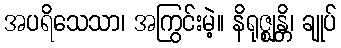
အပရိသေသာ၊ အကြွင်းမဲ့။ နိရုဇ္ဈန္တိ၊ ချုပ်